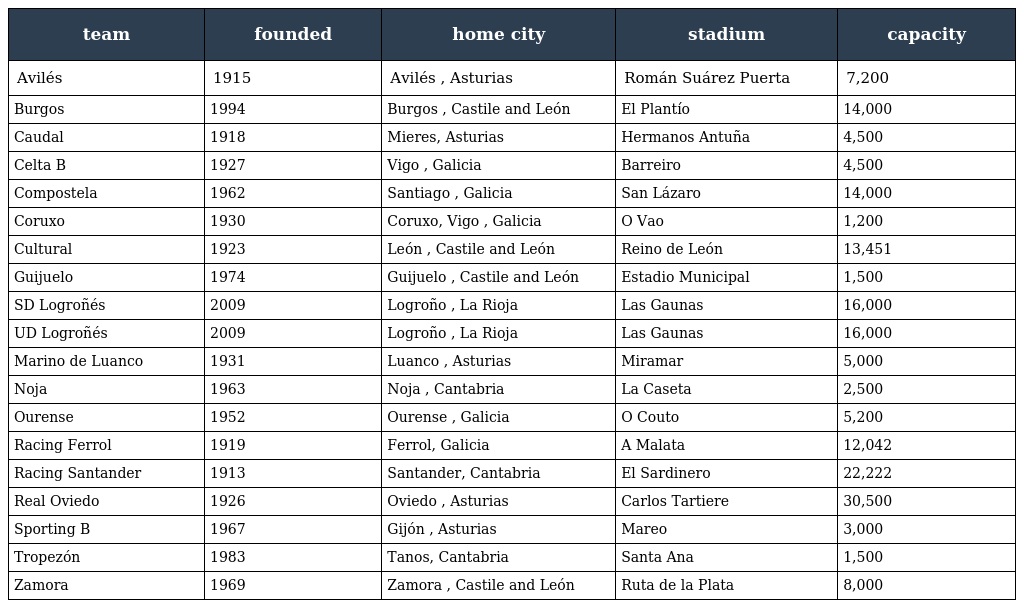
| team | founded | home city | stadium | capacity |
 | --- | --- | --- | --- | --- |
 | Avilés | 1915 | Avilés , Asturias | Román Suárez Puerta | 7,200 |
 | Burgos | 1994 | Burgos , Castile and León | El Plantío | 14,000 |
 | Caudal | 1918 | Mieres, Asturias | Hermanos Antuña | 4,500 |
 | Celta B | 1927 | Vigo , Galicia | Barreiro | 4,500 |
 | Compostela | 1962 | Santiago , Galicia | San Lázaro | 14,000 |
 | Coruxo | 1930 | Coruxo, Vigo , Galicia | O Vao | 1,200 |
 | Cultural | 1923 | León , Castile and León | Reino de León | 13,451 |
 | Guijuelo | 1974 | Guijuelo , Castile and León | Estadio Municipal | 1,500 |
 | SD Logroñés | 2009 | Logroño , La Rioja | Las Gaunas | 16,000 |
 | UD Logroñés | 2009 | Logroño , La Rioja | Las Gaunas | 16,000 |
 | Marino de Luanco | 1931 | Luanco , Asturias | Miramar | 5,000 |
 | Noja | 1963 | Noja , Cantabria | La Caseta | 2,500 |
 | Ourense | 1952 | Ourense , Galicia | O Couto | 5,200 |
 | Racing Ferrol | 1919 | Ferrol, Galicia | A Malata | 12,042 |
 | Racing Santander | 1913 | Santander, Cantabria | El Sardinero | 22,222 |
 | Real Oviedo | 1926 | Oviedo , Asturias | Carlos Tartiere | 30,500 |
 | Sporting B | 1967 | Gijón , Asturias | Mareo | 3,000 |
 | Tropezón | 1983 | Tanos, Cantabria | Santa Ana | 1,500 |
 | Zamora | 1969 | Zamora , Castile and León | Ruta de la Plata | 8,000 |